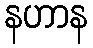
နဟာန